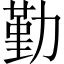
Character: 勤